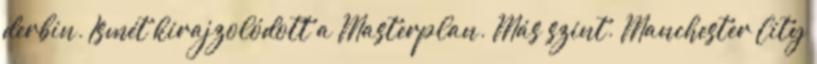
derbin. Ismét kirajzolódott a Masterplan. Más szint. Manchester City